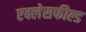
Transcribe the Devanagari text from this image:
एक्लेसफील्ड